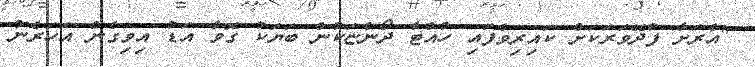
"އެރަށާ ފުދޭވަރަކަށް ކައިރިވެފައި ހުއްޓާ ދޯންޏަކުން ބަޔަކު ގޮވާ އަޑު އިވިގެން އަހަރެން